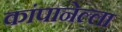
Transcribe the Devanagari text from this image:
कांपानेल्ला